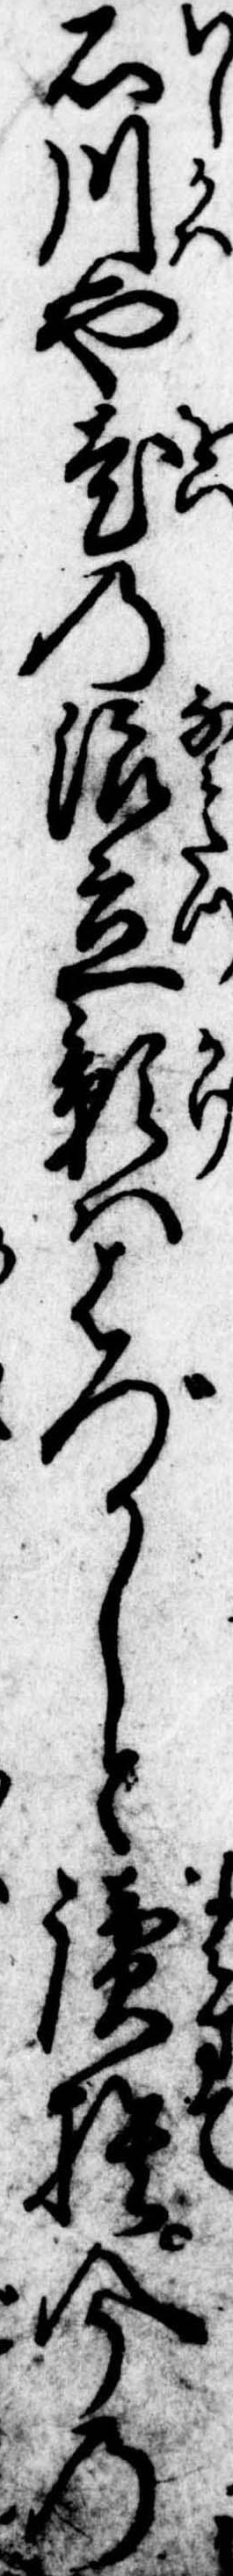
石川や老の浪立影ははづかしと読捨今の